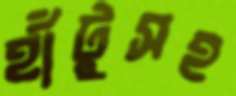
হাঁটুসহ